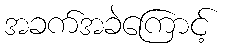
အခက်အခဲကြောင့်